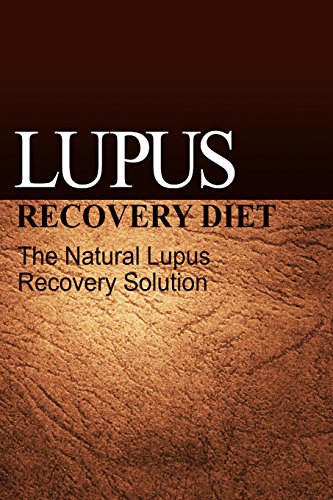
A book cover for Lupus Recovery Diet - The Natural Lupus Recovery Solution; NaturalCure Publishing; Health, Fitness & Dieting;